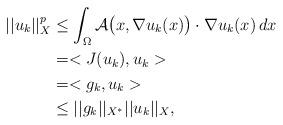
LaTeX: \begin{align*}||u_k||_X^{p}&\leq\int_{\Omega}\mathcal{A}\big(x,\nabla u_k(x)\big)\cdot\nabla u_k(x)\,dx\\&=<J(u_k),u_k>\\&=<g_k,u_k>\\&\leq||g_k||_{X^*}||u_k||_{X},\end{align*}